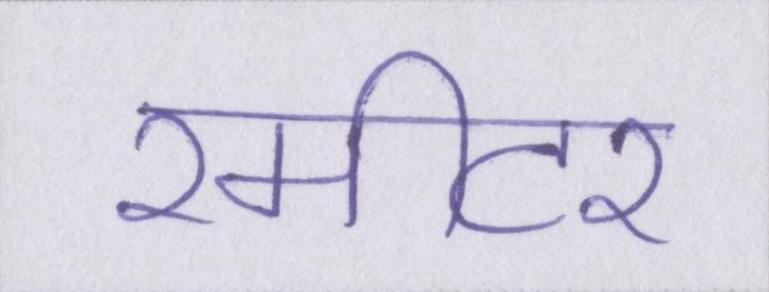
२मीटर